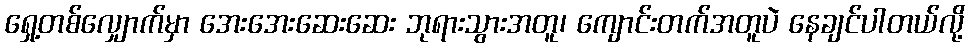
ရှေ့တစ်လျှောက်မှာ အေးအေးဆေးဆေး ဘုရားသွားအတူ၊ ကျောင်းတက်အတူပဲ နေချင်ပါတယ်လို့